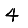
Digit: 4